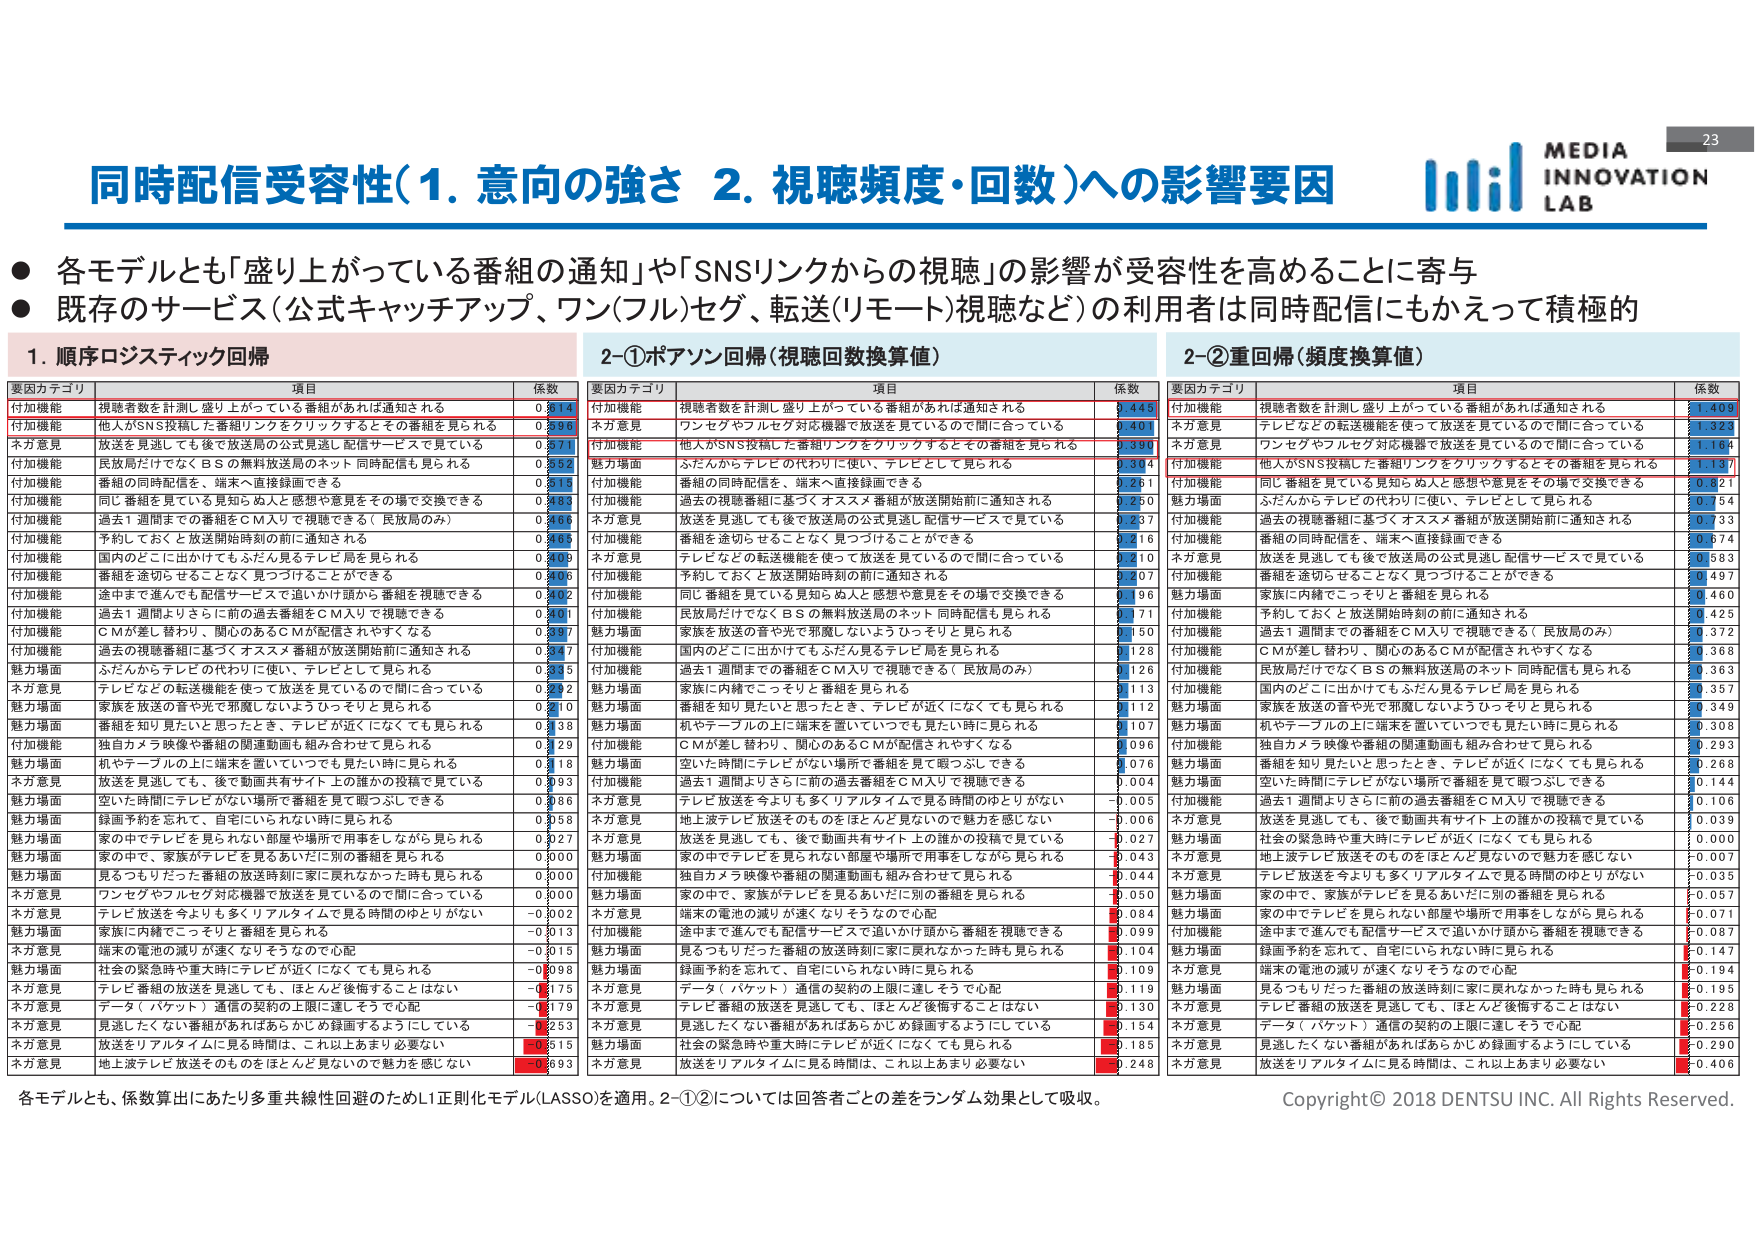
同時配信受容性（1. 意向の強さ 2. 視聴頻度・回数）への影響要因

● 各モデルとも「盛り上がっている番組の通知」や「SNSリンクからの視聴」の影響が受容性を高めることに寄与
● 既存のサービス（公式キャッチアップ、ワン（フル）セグ、転送（リモート）視聴など）の利用者は同時配信にもかえって積極的

1. 順序ロジスティック回帰
要因カテゴリ 項目 係数
付加機能 視聴者数を計測し盛り上がっている番組があれば通知される 0.314
付加機能 他人がSNS投稿した番組リンクをクリックするとその番組を見られる 0.296
ネガ意見 放送を見逃しても後で放送局の公式見逃し配信サービスで見ている 0.271
付加機能 民放局だけでなくBSの無料放送局のネット同時配信も見られる 0.252
付加機能 番組の同時配信を、端末へ直接録画できる 0.215
付加機能 同じ番組を見ている見知らぬ人と感想や意見をその場で交換できる 0.183
付加機能 過去1週間までの番組をCM入りで視聴できる（民放局のみ） 0.166
付加機能 予約しておくと放送開始時刻の前に通知される 0.163
付加機能 国内のどこに出かけてもふだん見るテレビ局を見られる 0.169
付加機能 番組を途切らせることなく見つづけることができる 0.166
付加機能 途中まで進んでも配信サービスで追いかけ読みから番組を視聴できる 0.162
付加機能 過去1週間よりさらに前の過去番組をCM入りで視聴できる 0.161
付加機能 CMが差し替わり、関心のあるCMが配信されやすくなる 0.157
付加機能 過去の視聴番組に基づくオススメ番組が放送開始前に通知される 0.147
魅力場面 ふだんからテレビの代わりに使い、テレビとして見られる 0.135
ネガ意見 テレビなどの転送機能を使って放送を見ているので間に合っている 0.122
魅力場面 家族を放送の音や光で邪魔しないようひっそりと見られる 0.110
魅力場面 番組を知り見たいと思ったとき、テレビが近くになくても見られる 0.138
付加機能 独自カメラ映像や番組の関連動画も組み合わせて見られる 0.129
魅力場面 机やテーブルの上に端末を置いていても見たい時に見られる 0.118
ネガ意見 放送を見逃しても、後で動画共有サイト上の誰かの投稿で見ている 0.093
魅力場面 空いた時間にテレビがない場所で番組を見っつぶしできる 0.086
魅力場面 録画予約を忘れて、自宅にいられない時に見られる 0.058
魅力場面 家の中でテレビを見られない部屋や場所で用事をしながら見られる 0.027
魅力場面 家の中で、家族がテレビを見られない別の番組を見られる 0.000
魅力場面 見るつもりだった番組の放送時刻に家に戻れなかった時も見られる 0.000
ネガ意見 ワンセグやフルセグ対応機器で放送を見ているので間に合っている 0.000
ネガ意見 テレビ放送を今よりも多くリアルタイムで見る時間のゆとりがない -0.002
魅力場面 家族に内緒でこっそりと番組を見られる -0.013
ネガ意見 端末の電池の減りが速くなりそうなので心配 -0.015
魅力場面 社会の緊急時や重大時にテレビが近くになくても見られる -0.098
ネガ意見 テレビ番組の放送を見逃しても、ほとんど後悔することはない -0.175
ネガ意見 データ（パケット）通信の契約の上限に達してそうではない -0.179
ネガ意見 見逃したくない番組があればあらかじめ録画するようにしている -0.253
ネガ意見 放送をリアルタイムに見る時間は、これ以上あまり必要ない -0.215
ネガ意見 地上波テレビ放送そのものをほとんど見ないので魅力を感じない -0.293

2-①ポアソン回帰（視聴回数換算値）
要因カテゴリ 項目 係数
付加機能 視聴者数を計測し盛り上がっている番組があれば通知される 0.449
ネガ意見 ワンセグやフルセグ対応機器で放送を見ているので間に合っている 0.401
付加機能 他人がSNS投稿した番組リンクをクリックするとその番組を見られる 0.391
魅力場面 ふだんからテレビの代わりに使い、テレビとして見られる 0.304
付加機能 番組の同時配信を、端末へ直接録画できる 0.261
付加機能 過去の視聴番組に基づくオススメ番組が放送開始前に通知される 0.260
ネガ意見 放送を見逃しても後で放送局の公式見逃し配信サービスで見ている 0.237
付加機能 番組を途切らせることなく見つづけることができる 0.216
ネガ意見 テレビなどの転送機能を使って放送を見ているので間に合っている 0.210
付加機能 予約しておくと放送開始時刻の前に通知される 0.207
付加機能 同じ番組を見ている見知らぬ人と感想や意見をその場で交換できる 0.196
付加機能 民放局だけでなくBSの無料放送局のネット同時配信も見られる 0.171
魅力場面 家族を放送の音や光で邪魔しないようひっそりと見られる 0.150
付加機能 国内のどこに出かけてもふだん見るテレビ局を見られる 0.128
付加機能 過去1週間までの番組をCM入りで視聴できる（民放局のみ） 0.126
魅力場面 家族に内緒でこっそりと番組を見られる 0.113
魅力場面 番組を知り見たいと思ったとき、テレビが近くになくても見られる 0.112
魅力場面 机やテーブルの上に端末を置いていても見たい時に見られる 0.107
付加機能 CMが差し替わり、関心のあるCMが配信されやすくなる 0.096
魅力場面 空いた時間にテレビがない場所で番組を見っつぶしできる 0.076
付加機能 過去1週間よりさらに前の過去番組をCM入りで視聴できる 0.064
ネガ意見 テレビ放送を今よりも多くリアルタイムで見る時間のゆとりがない -0.005
ネガ意見 地上波テレビ放送そのものをほとんど見ないので魅力を感じない -0.006
ネガ意見 放送を見逃しても、後で動画共有サイト上の誰かの投稿で見ている -0.027
魅力場面 家の中でテレビを見られない別の部屋で用事をしながら見られる -0.043
付加機能 独自カメラ映像や番組の関連動画も組み合わせて見られる 0.044
魅力場面 家の中で、家族がテレビを見られない別の番組を見られる -0.050
ネガ意見 端末の電池の減りが速くなりそうなので心配 -0.084
付加機能 途中まで進んでも配信サービスで追いかけ読みから番組を視聴できる -0.099
魅力場面 見るつもりだった番組の放送時刻に家に戻れなかった時も見られる -0.104
魅力場面 録画予約を忘れて、自宅にいられない時に見られる -0.109
ネガ意見 データ（パケット）通信の契約の上限に達してそうではない -0.119
ネガ意見 テレビ番組の放送を見逃しても、ほとんど後悔することはない -0.130
ネガ意見 見逃したくない番組があればあらかじめ録画するようにしている -0.154
魅力場面 社会の緊急時や重大時にテレビが近くになくても見られる -0.185
ネガ意見 放送をリアルタイムに見る時間は、これ以上あまり必要ない -0.248

2-②重回帰（頻度換算値）
要因カテゴリ 項目 係数
付加機能 視聴者数を計測し盛り上がっている番組があれば通知される 1.409
ネガ意見 テレビなどの転送機能を使って放送を見ているので間に合っている 1.323
ネガ意見 ワンセグやフルセグ対応機器で放送を見ているので間に合っている 1.184
付加機能 他人がSNS投稿した番組リンクをクリックするとその番組を見られる 1.137
付加機能 同じ番組を見ている見知らぬ人と感想や意見をその場で交換できる 0.821
魅力場面 ふだんからテレビの代わりに使い、テレビとして見られる 0.754
付加機能 過去の視聴番組に基づくオススメ番組が放送開始前に通知される 0.733
付加機能 番組の同時配信を、端末へ直接録画できる 0.674
ネガ意見 放送を見逃しても後で放送局の公式見逃し配信サービスで見ている 0.583
付加機能 番組を途切らせることなく見つづけることができる 0.497
魅力場面 家族に内緒でこっそりと番組を見られる 0.460
付加機能 予約しておくと放送開始時刻の前に通知される 0.425
付加機能 過去1週間までの番組をCM入りで視聴できる（民放局のみ） 0.372
付加機能 CMが差し替わり、関心のあるCMが配信されやすくなる 0.368
付加機能 民放局だけでなくBSの無料放送局のネット同時配信も見られる 0.363
付加機能 国内のどこに出かけてもふだん見るテレビ局を見られる 0.357
魅力場面 家族を放送の音や光で邪魔しないようひっそりと見られる 0.349
魅力場面 机やテーブルの上に端末を置いていても見たい時に見られる 0.308
付加機能 独自カメラ映像や番組の関連動画も組み合わせて見られる 0.293
魅力場面 空いた時間にテレビがない場所で番組を見っつぶしできる 0.268
付加機能 過去1週間よりさらに前の過去番組をCM入りで視聴できる 0.106
ネガ意見 放送を見逃しても、後で動画共有サイト上の誰かの投稿で見ている 0.039
魅力場面 社会の緊急時や重大時にテレビが近くになくても見られる 0.000
ネガ意見 地上波テレビ放送そのものをほとんど見ないので魅力を感じない -0.007
ネガ意見 テレビ放送を今よりも多くリアルタイムで見る時間のゆとりがない -0.035
魅力場面 家の中で、家族がテレビを見られない別の番組を見られる -0.057
魅力場面 家の中でテレビを見られない部屋や場所で用事をしながら見られる -0.071
付加機能 途中まで進んでも配信サービスで追いかけ読みから番組を視聴できる -0.087
魅力場面 録画予約を忘れて、自宅にいられない時に見られる -0.147
ネガ意見 端末の電池の減りが速くなりそうなので心配 -0.194
魅力場面 見るつもりだった番組の放送時刻に家に戻れなかった時も見られる -0.195
ネガ意見 テレビ番組の放送を見逃しても、ほとんど後悔することはない -0.228
ネガ意見 データ（パケット）通信の契約の上限に達してそうではない -0.256
ネガ意見 見逃したくない番組があればあらかじめ録画するようにしている -0.290
ネガ意見 放送をリアルタイムに見る時間は、これ以上あまり必要ない -0.406

各モデルとも、係数算出にあたり多重共線性回避のためL1正則化モデル(LASSO)を適用。2-①②については回答者ごとの差をランダム効果として吸収。

Copyright © 2018 DENTSU INC. All Rights Reserved.
MEDIA INNOVATION LAB
23